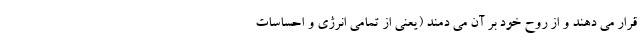
قرار می دهند و از روح خود بر آن می دمند (یعنی از تمامی انرژی و احساسات